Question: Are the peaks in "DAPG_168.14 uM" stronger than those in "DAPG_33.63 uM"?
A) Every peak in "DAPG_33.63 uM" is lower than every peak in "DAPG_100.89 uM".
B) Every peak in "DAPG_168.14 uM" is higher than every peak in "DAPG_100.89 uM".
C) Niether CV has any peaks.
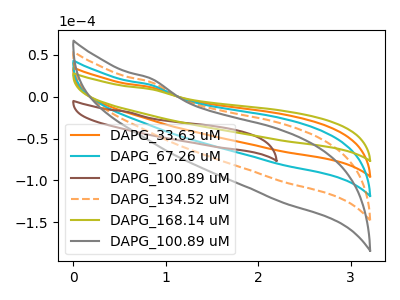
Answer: <think>The orange curve "DAPG_33.63 uM" has no peaks. The cyan curve "DAPG_67.26 uM" has no peaks. The brown curve "DAPG_100.89 uM" has no peaks. The orange dashed curve "DAPG_134.52 uM" has no peaks. The olive curve "DAPG_168.14 uM" has no peaks. The gray curve "DAPG_100.89 uM" has no peaks.</think>
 <answer>C) Niether CV has any peaks.</answer>
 <eval>C</eval>